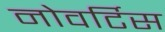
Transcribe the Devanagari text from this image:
नोवर्टिस